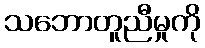
သဘောတူညီမှုကို